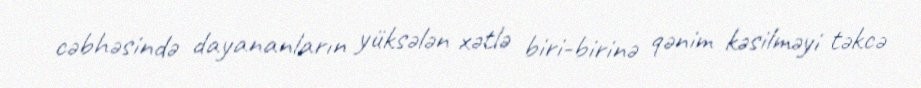
cəbhəsində dayananların yüksələn xətlə biri-birinə qənim kəsilməyi təkcə